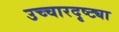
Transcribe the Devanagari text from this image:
उच्चारदृष्ट्या